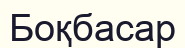
Боқбасар